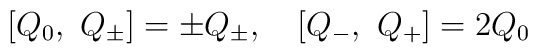
[Q_0,\ Q_{\pm}]=\pm Q_{\pm},\quad [Q_-,\ Q_+]=2Q_0